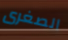
الصغرى